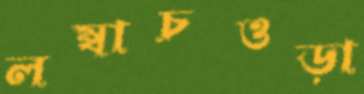
লম্বাচওড়া